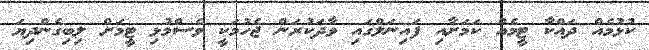
ކުޅުމެއް ދައްކާ ޓީމެއް ކަމަށާއި ފައިނަލްގައި ވާދަކުރަން ޖެހުމަކީ ވެސްމުޅި ޓީމަށް ލިބިގެންދިޔަ